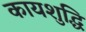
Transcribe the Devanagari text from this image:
कायशुद्धि